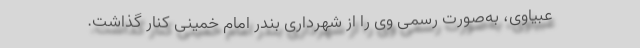
عبیاوی، به‌صورت رسمی وی را از شهرداری بندر امام خمینی کنار گذاشت.